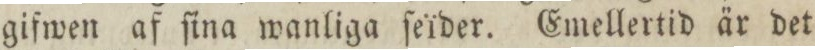
gifwen af ſina wanliga ſeïder. Emellertid är det